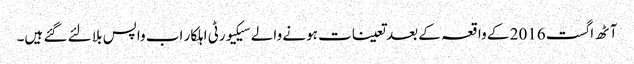
آٹھ اگست 2016 کے واقعہ کے بعد تعینات ہونے والے سیکیورٹی اہلکار اب واپس بلا لئے گئے ہیں۔